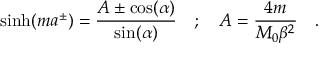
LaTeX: \sinh ( m a ^ { \pm } ) = \frac { A \pm \cos ( \alpha ) } { \sin ( \alpha ) } \quad ; \quad A = \frac { 4 m } { M _ { 0 } \beta ^ { 2 } } \quad .